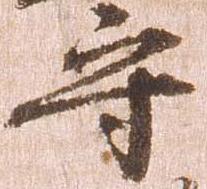
守